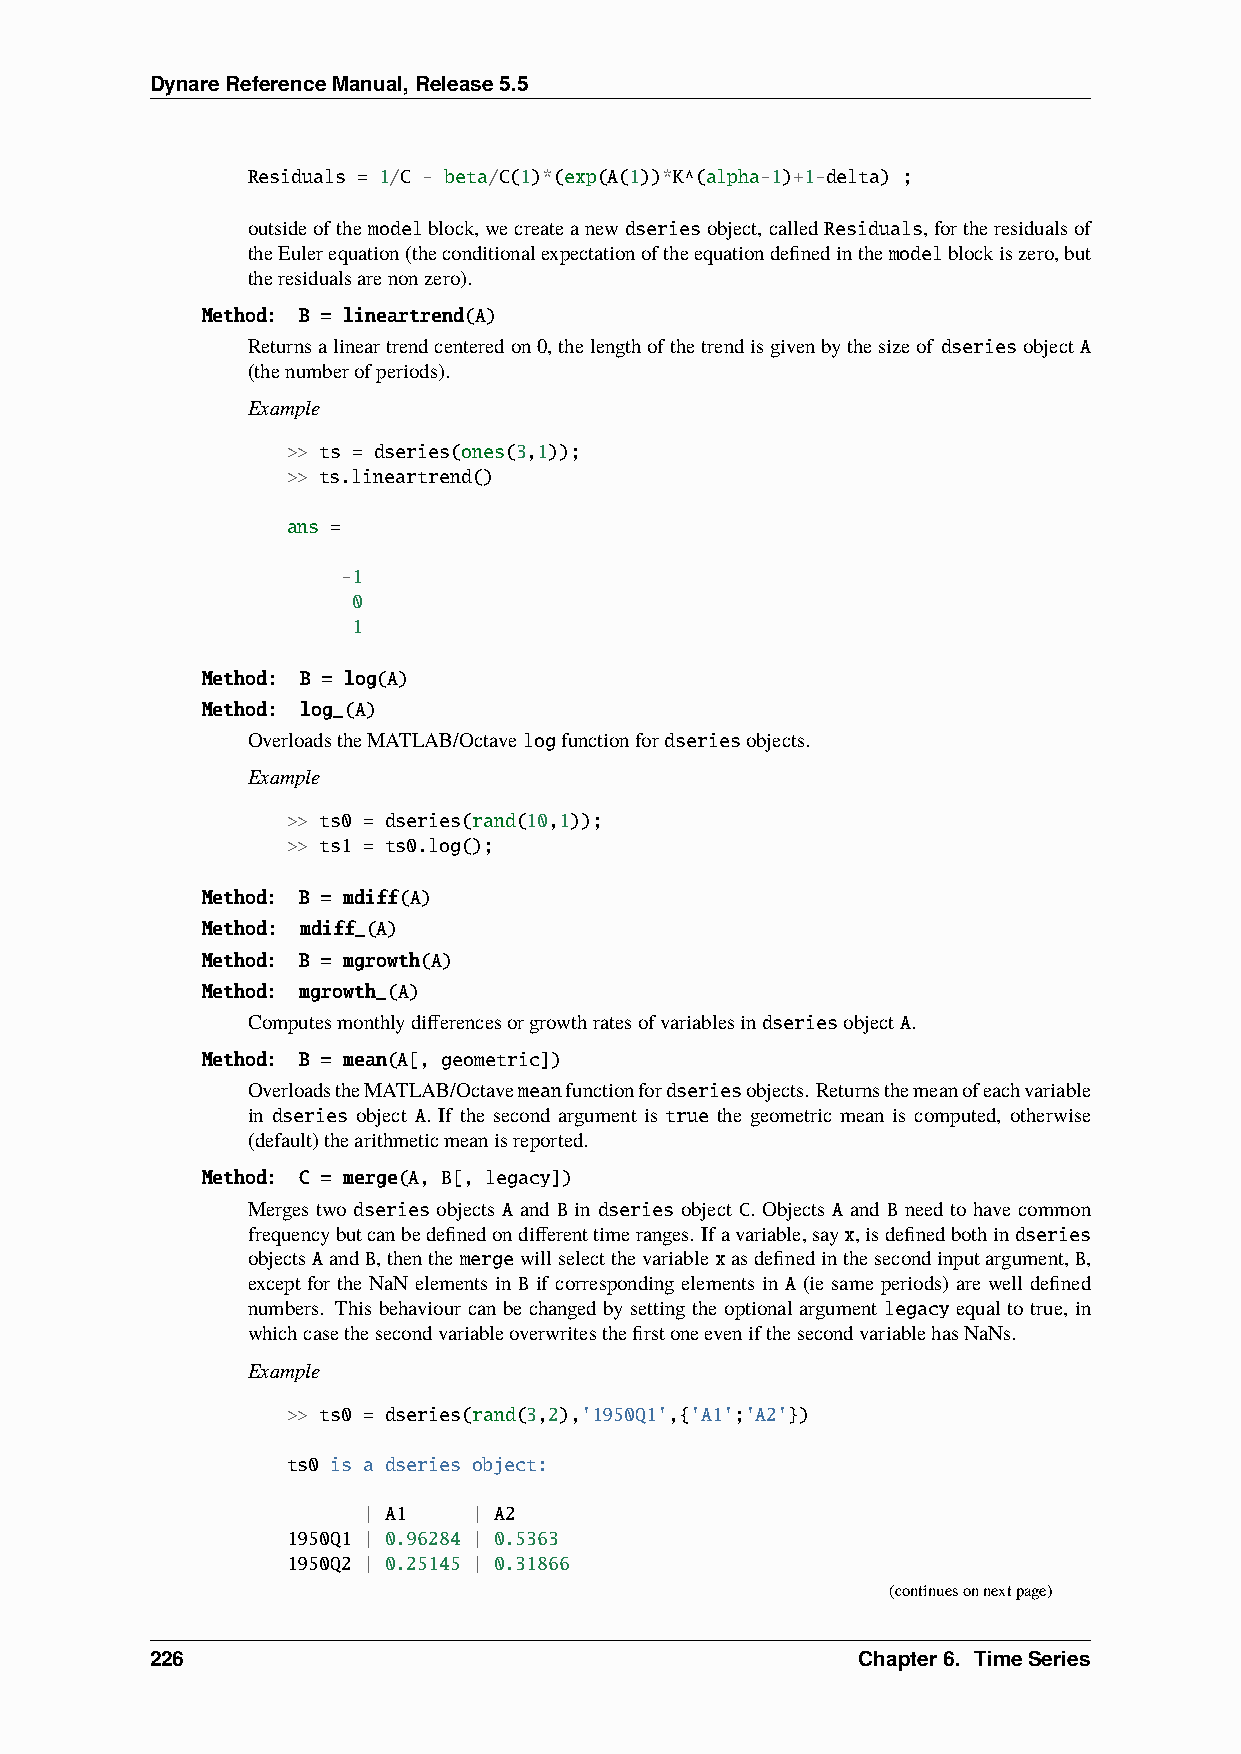
DynareReferenceManual,Release5.5
 Residuals = 1/C - beta/C(1)*(exp(A(1))*K^(alpha-1)+1-delta) ;
 outsideofthemodelblock,wecreateanewdseriesobject,calledResiduals,fortheresidualsof
 theEulerequation(theconditionalexpectationoftheequationdefinedinthemodelblockiszero,but
 theresidualsarenonzero).
 Method: B = lineartrend(A)
 Returnsalineartrendcenteredon0,thelengthofthetrendisgivenbythesizeof dseriesobject A
 (thenumberofperiods).
 Example
 >> ts = dseries(ones(3,1));
 >> ts.lineartrend()
 ans =
 -1
 0
 1
 Method: B = log(A)
 Method: log_(A)
 OverloadstheMATLAB/Octavelogfunctionfordseriesobjects.
 Example
 >> ts0 = dseries(rand(10,1));
 >> ts1 = ts0.log();
 Method: B = mdiff(A)
 Method: mdiff_(A)
 Method: B = mgrowth(A)
 Method: mgrowth_(A)
 ComputesmonthlydifferencesorgrowthratesofvariablesindseriesobjectA.
 Method: B = mean(A[, geometric])
 OverloadstheMATLAB/Octavemeanfunctionfordseriesobjects. Returnsthemeanofeachvariable
 in dseries object A. If the second argument is true the geometric mean is computed, otherwise
 (default)thearithmeticmeanisreported.
 Method: C = merge(A, B[, legacy])
 Merges two dseries objects A and B in dseries object C. Objects A and B need to have common
 frequencybutcanbedefinedondifferenttimeranges. Ifavariable,sayx,isdefinedbothindseries
 objectsAandB,thenthemergewillselectthevariablexasdefinedinthesecondinputargument,B,
 except for the NaN elements in B if corresponding elements in A (ie same periods) are well defined
 numbers. This behaviour can be changed by setting the optional argument legacy equal to true, in
 whichcasethesecondvariableoverwritesthefirstoneevenifthesecondvariablehasNaNs.
 Example
 >> ts0 = dseries(rand(3,2),'1950Q1',{'A1';'A2'})
 ts0 is a dseries object:
 | A1   | A2
 1950Q1 | 0.96284 | 0.5363
 1950Q2 | 0.25145 | 0.31866
 (continuesonnextpage)
 226                                            Chapter6. TimeSeries